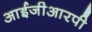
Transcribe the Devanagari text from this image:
आईजीआरपी